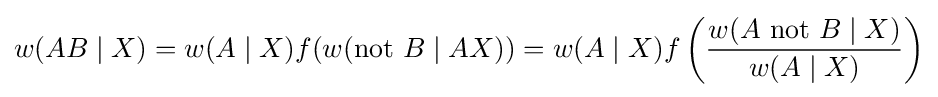
w(AB\mid X)=w(A\mid X)f(w({\text{not }}B\mid AX))=w(A\mid X)f\left({w(A{\text{ not }}B\mid X) \over w(A\mid X)}\right)